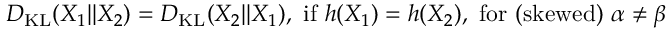
D _ { \mathrm { K L } } ( X _ { 1 } | | X _ { 2 } ) = D _ { \mathrm { K L } } ( X _ { 2 } | | X _ { 1 } ) , { \mathrm { ~ i f ~ } } h ( X _ { 1 } ) = h ( X _ { 2 } ) { \mathrm { , ~ f o r ~ ( s k e w e d ) ~ } } \alpha \neq \beta